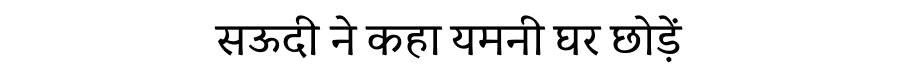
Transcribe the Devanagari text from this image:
सऊदी ने कहा यमनी घर छोड़ें